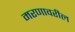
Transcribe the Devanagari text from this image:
मरणावरील